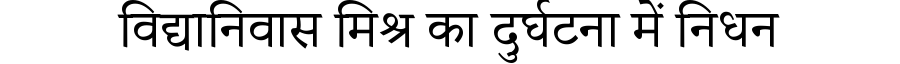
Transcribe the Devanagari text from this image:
विद्यानिवास मिश्र का दुर्घटना में निधन